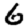
Digit: 6